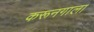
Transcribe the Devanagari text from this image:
करूनगाला